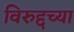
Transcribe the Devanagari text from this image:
विरुद्दच्या